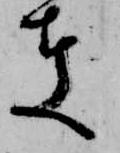
夫